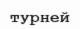
турней